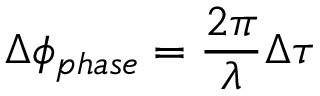
\Delta \phi _ { p h a s e } = \frac { 2 \pi } { \lambda } \Delta \tau